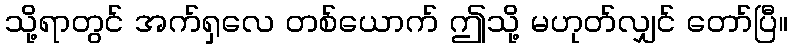
သို့ရာတွင် အက်ရှလေ တစ်ယောက် ဤသို့ မဟုတ်လျှင် တော်ပြီ။